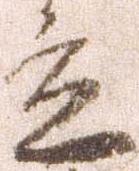
立